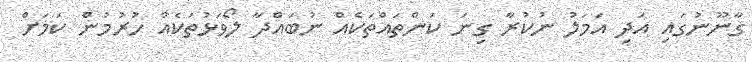
ގާނޫނުގައި އަދި އަމަލު ނުކުރާ ގިނަ ކަންތައްތަކެއް ނުބައްދާ ލޯވަޅުތަކެއް ހުރުމުން ކަމަށް